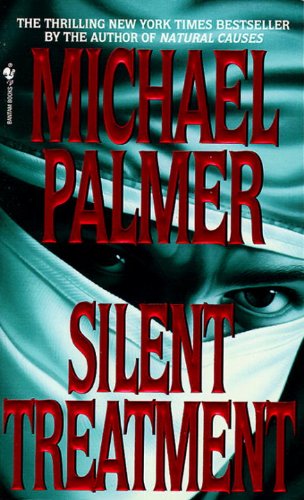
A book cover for Silent Treatment; Michael Palmer; Mystery, Thriller & Suspense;